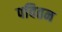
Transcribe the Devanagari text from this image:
पवितन